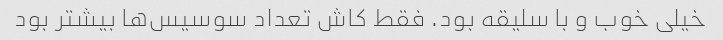
خیلی خوب و با سلیقه بود. فقط کاش تعداد سوسیس‌ها بیشتر بود